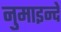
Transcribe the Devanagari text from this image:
नुमाइन्दे